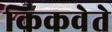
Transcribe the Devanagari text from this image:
किकवेते